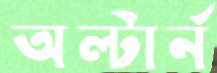
অল্টার্ন